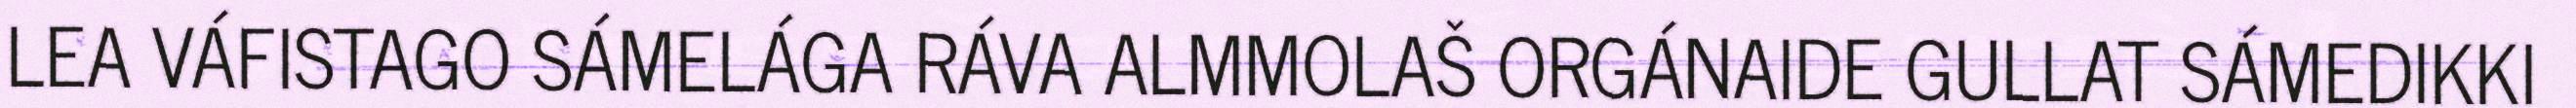
LEA VÁFISTAGO SÁMELÁGA RÁVA ALMMOLAŠ ORGÁNAIDE GULLAT SÁMEDIKKI